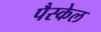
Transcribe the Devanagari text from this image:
पैस्केल